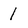
Character: 1